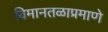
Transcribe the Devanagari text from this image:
विमानतळाप्रमाणे